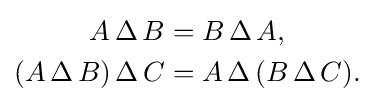
{\begin{aligned}A\,\Delta \,B&=B\,\Delta \,A,\\(A\,\Delta \,B)\,\Delta \,C&=A\,\Delta \,(B\,\Delta \,C).\end{aligned}}